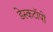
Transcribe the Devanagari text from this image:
डेस्कटॉपों